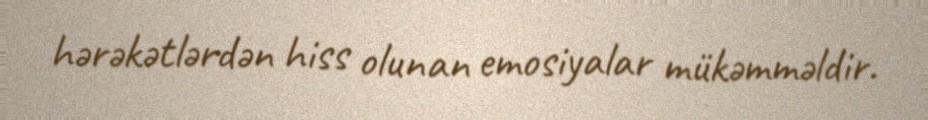
hərəkətlərdən hiss olunan emosiyalar mükəmməldir.